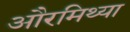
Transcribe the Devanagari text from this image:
औरमिथ्या